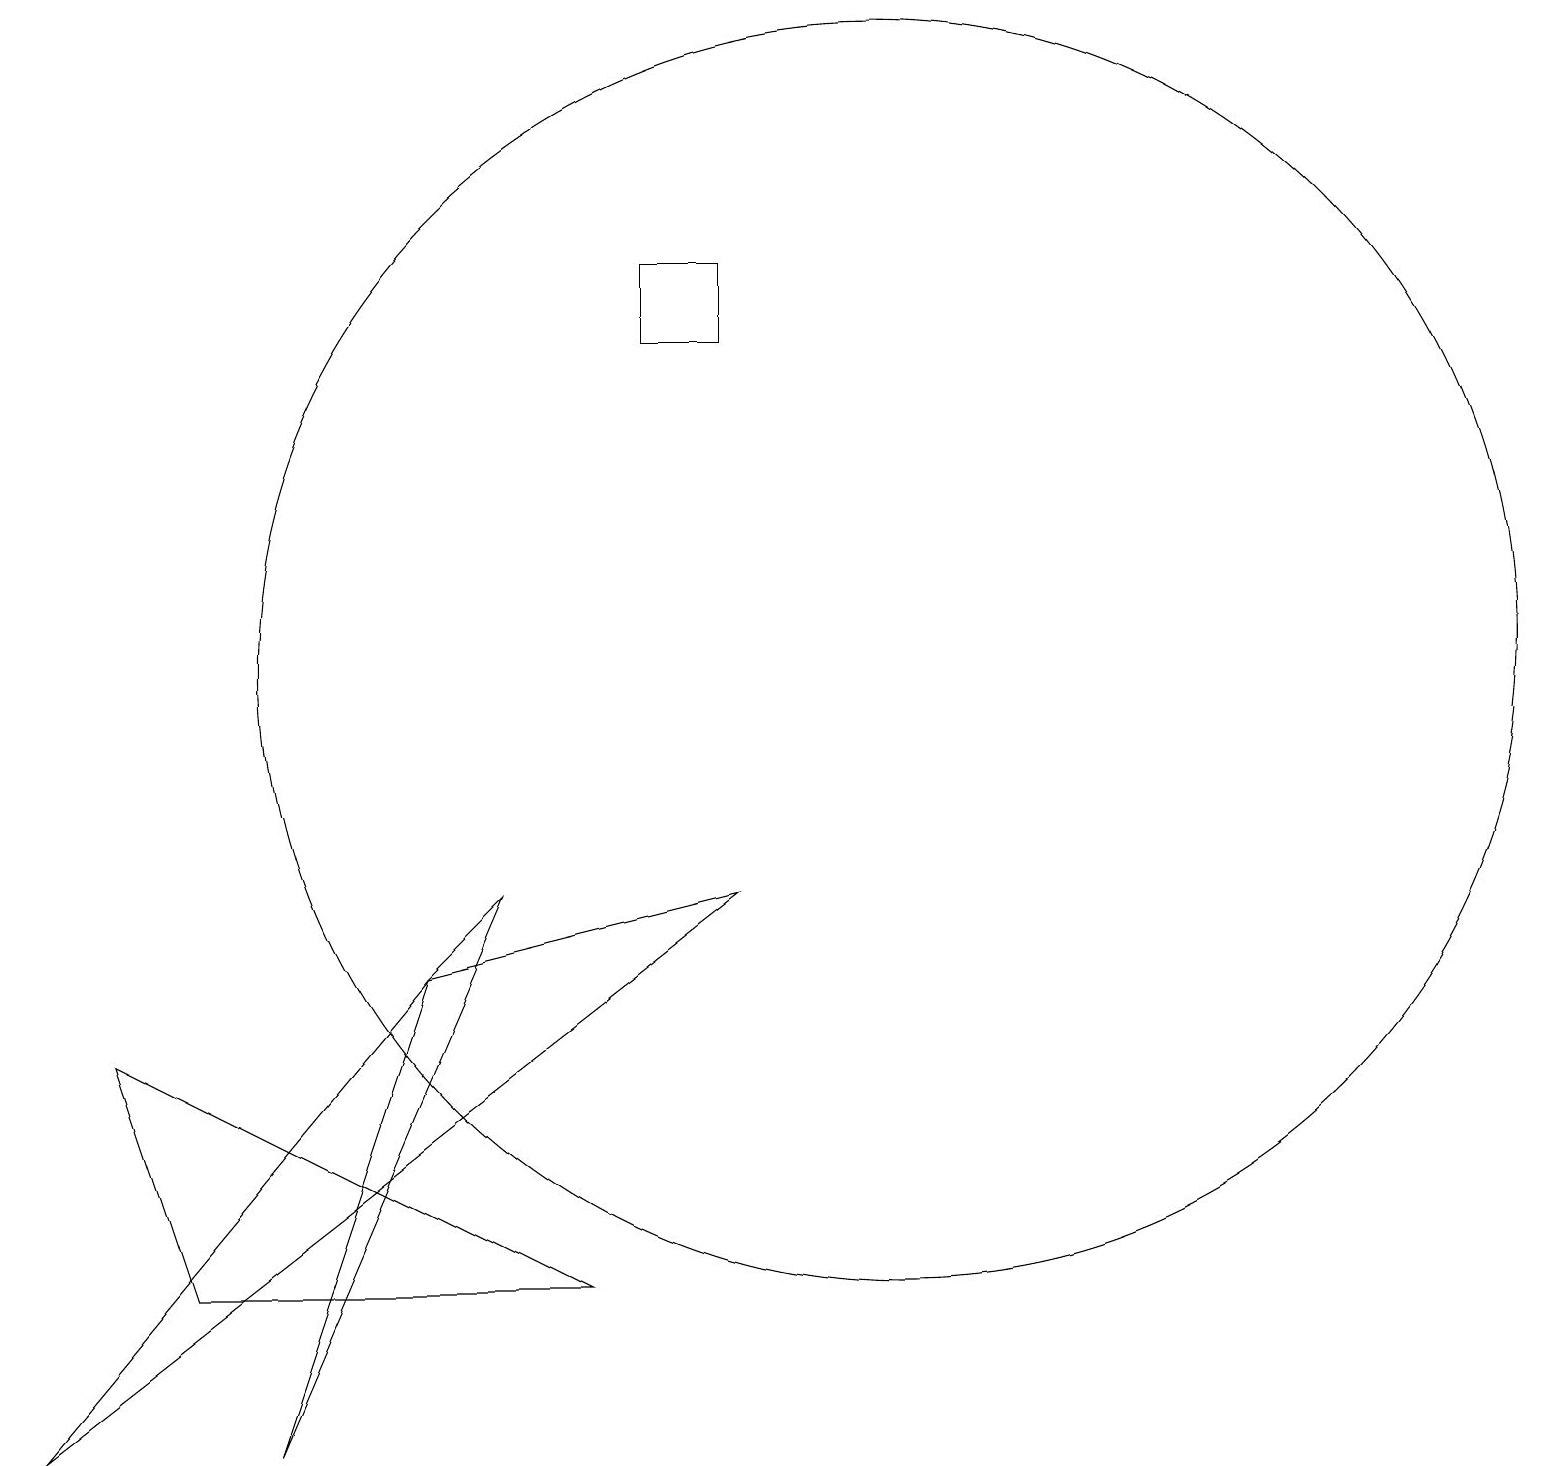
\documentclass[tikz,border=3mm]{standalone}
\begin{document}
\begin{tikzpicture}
\draw (6,9) -- (3,2) -- (5,8) -- cycle;
\draw (5,8) -- (9,9) -- (0,2) -- cycle;
\draw (11,12) circle (8);
\draw (8,17) rectangle (9,16);
\draw (7,4) -- (2,4) -- (1,7) -- cycle;
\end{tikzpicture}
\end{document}